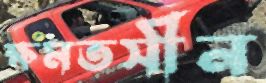
ক্ষমতসীন